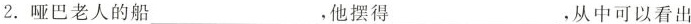
2. 哑巴老人的船 ___ ，他摆得 ___ ，从中可以看出